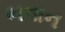
ભવાન